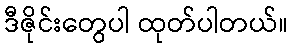
ဒီဇိုင်းတွေပါ ထုတ်ပါတယ်။